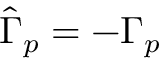
\hat { \Gamma } _ { p } = - \Gamma _ { p }